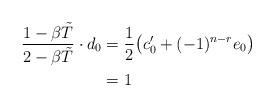
LaTeX: \begin{align*} \frac{1-\beta \tilde T}{2-\beta \tilde T}\cdot d_0 &= \frac{1}{2}\big( c'_0 + (-1)^{n-r}e_0 \big) \\ &= 1\end{align*}